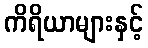
ကိရိယာများနှင့်